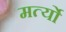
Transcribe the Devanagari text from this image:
मर्त्यो